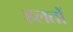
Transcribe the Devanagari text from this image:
हलतों